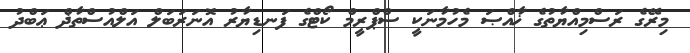
މިރޭގެ ރަސްމިއްޔާތުގެ ޚާއްޞަ މެހުމާނަކީ ސްޕްރީމް ކޯޓްގެ ފަނޑިޔާރު އޮނަރަބަލް އަލްއުސްތާޛް ޢަބްދު